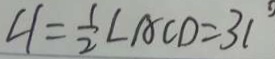
\angle 1 = \frac { 1 } { 2 } \angle A C D = 3 1 ^ { \circ }